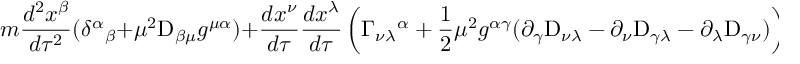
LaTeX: m { \frac { d ^ { 2 } x ^ { \beta } } { d \tau ^ { 2 } } } ( \delta ^ { \alpha } { } _ { \beta } + \mu ^ { 2 } \mathrm { D } _ { \beta \mu } g ^ { \mu \alpha } ) + { \frac { d x ^ { \nu } } { d \tau } } { \frac { d x ^ { \lambda } } { d \tau } } \left( \Gamma _ { \nu \lambda } { } ^ { \alpha } + \frac { 1 } { 2 } \mu ^ { 2 } g ^ { \alpha \gamma } ( \partial _ { \gamma } \mathrm { D } _ { \nu \lambda } - \partial _ { \nu } \mathrm { D } _ { \gamma \lambda } - \partial _ { \lambda } \mathrm { D } _ { \gamma \nu } ) \right) = 0 ,